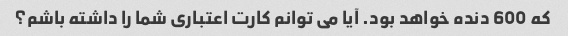
که 600 دنده خواهد بود. آیا می توانم کارت اعتباری شما را داشته باشم؟